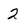
Character: 2